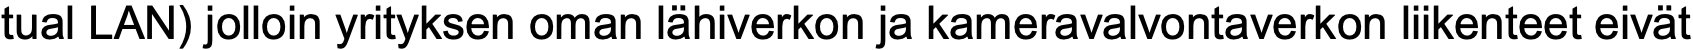
tual LAN) jolloin yrityksen oman lähiverkon ja kameravalvontaverkon liikenteet eivät